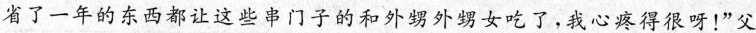
省了一年的东西都让这些串门子的和外甥外甥女吃了，我心疼得很呀!”父